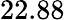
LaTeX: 22.88